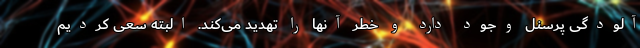
آلودگی پرسنل وجود دارد و خطر آنها را تهدید می‌کند. البته سعی کردیم